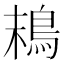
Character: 𩿣